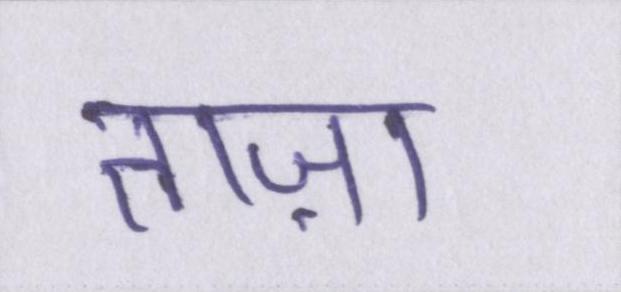
ताज़ा